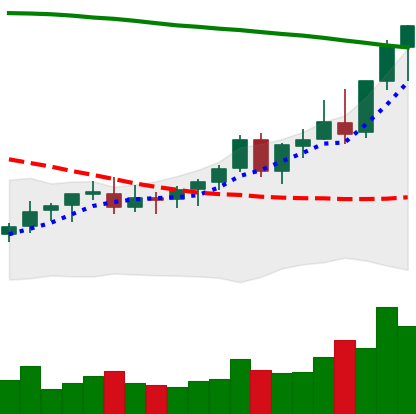
Ticker: EOS-USD
Chart end date: 2021-08-15
Forward return: -3.973%
Label: down_3_5